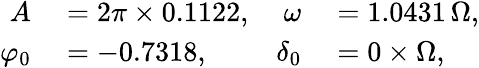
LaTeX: \begin{array}{rlrl}{A}&{{}=2\pi\times 0.1122,}&{\omega}&{{}=1.0431\, \Omega,}\\ {\varphi_{0}}&{{}=-0.7318,}&{\delta_{0}}&{{}=0\times\Omega,}\end{array}